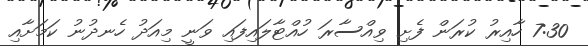
7:30 ހާއިރު ކުރަން ފެށި ވިއްސާރަ ހުއްޓާލައިފައި ވަނީ މިއަދު ހެނދުނު ކަމަށާއި